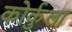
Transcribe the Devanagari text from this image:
कोर्कुला